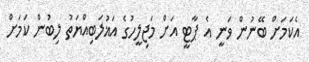
އެކަމަށް ބޭނުން ވަނީ އެ ޕާޓީ އަށް މަޖިލީހުގެ އަޣުލަބިއްޔަތު ލިބުން ކަމަށް